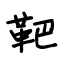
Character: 靶